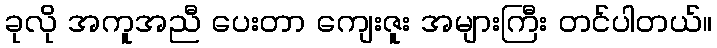
ခုလို အကူအညီ ပေးတာ ကျေးဇူး အများကြီး တင်ပါတယ်။